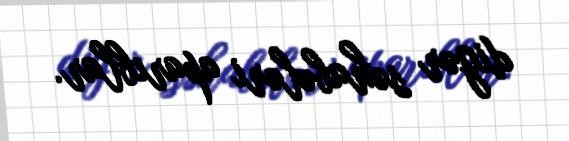
digər səhabələri aparıblar.